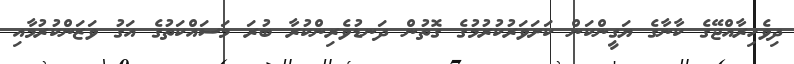
ދިވެހިރާއްޖޭގެ ކާނާގެ ޔަގީންކަން ކަށަވަރުކުރުމުގެ ގޮތުން ދަނޑުވެރިންކުރާ ބުރަ މަސައްކަތުގެ އަގު ވަޒަންކުރުމާއި